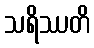
သရိဿတိ